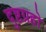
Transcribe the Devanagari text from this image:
दुष्टग्रहो